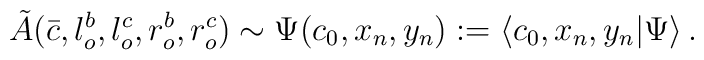
{\tilde{A}}(\bar{c},l_{o}^{b},l_{o}^{c},r_{o}^{b},r_{o}^{c})\sim \Psi(c_{0},x_{n},y_{n}):=\langle c_{0},x_{n},y_{n}|\Psi \rangle \,.